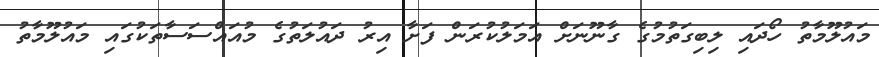
މައުލޫމާތު ހޯދައި ލިބިގަތުމުގެ ގާނޫނަށް އަމަލުކުރަން ފަށާ އިރު ދައުލަތުގެ މުއައްސަސާތަކުގައި މައުލޫމާތު